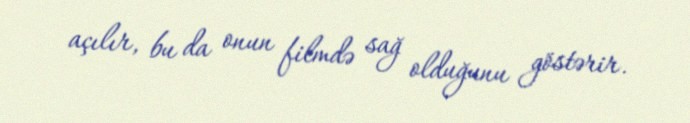
açılır, bu da onun filmdə sağ olduğunu göstərir.